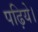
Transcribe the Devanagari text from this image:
पढ़िये।